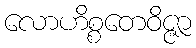
လောဟိစ္စတေဝိဇ္ဇာ